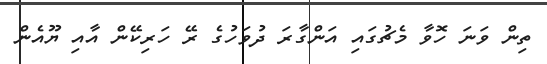
ތިން ވަނަ ހޮވާ މެޗުގައި އަންގާރަ ދުވަހުގެ ރޭ ހަރިކޭން އާއި ޔޫއެން